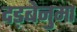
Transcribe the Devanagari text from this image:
दड़बेनुमा